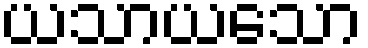
ယသာယသော